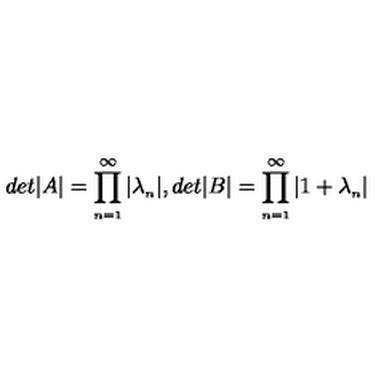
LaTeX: d e t \vert A \vert = \prod _ { \scriptscriptstyle n = 1 } ^ { \infty } \vert \lambda _ { \scriptscriptstyle n } \vert , d e t \vert B \vert = \prod _ { \scriptscriptstyle n = 1 } ^ { \infty } \vert 1 + \lambda _ { \scriptscriptstyle n } \vert